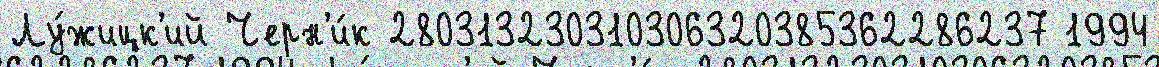
Лу́жицк'ий Черн'и́к 280313230310306320385362286237 1994